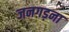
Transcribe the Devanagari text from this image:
जनगड़ना